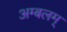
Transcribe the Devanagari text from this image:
अम्बलम्